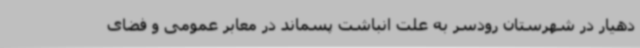
دهیار در شهرستان رودسر به علت انباشت پسماند در معابر عمومی و فضای